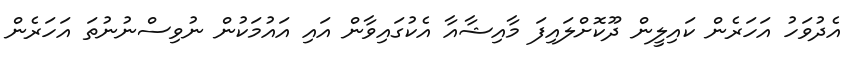
އެދުވަހު އަހަރެން ކައިލީން ދޫކޮށްލައިފަ މާއިޝާއާ އެކުގައިވާން އައި އައުމަކުން ނުވިސްނުނުތަ އަހަރެން